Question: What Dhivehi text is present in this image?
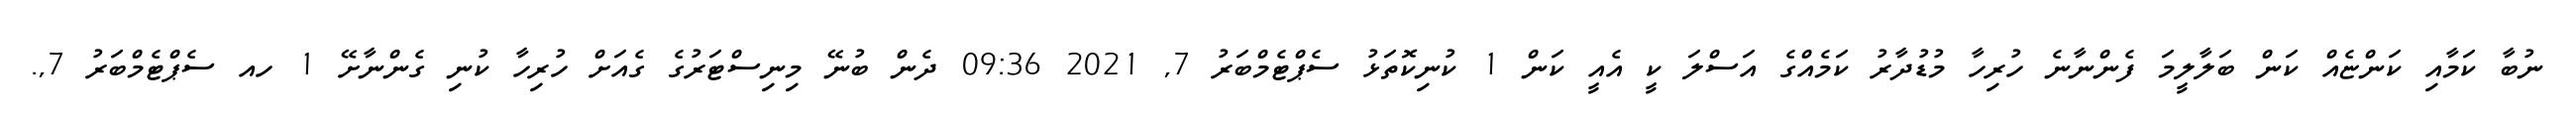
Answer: ނުބާ ކަމާއި ކަންޏެއް ކަން ބަލާލީމަ ފެންނާނެ ހުރިހާ މުޑުދާރު ކަމެއްގެ އަސްލަ ކީ އެއީ ކަން 1 ކުނިކޮތަޅު ސެޕްޓެމްބަރު 7, 2021 09:36 ދެން ބުނޭ މިނިސްޓަރުގެ ގެއަށް ހުރިހާ ކުނި ގެންނާށޭ 1 ހއ ސެޕްޓެމްބަރު 7,.